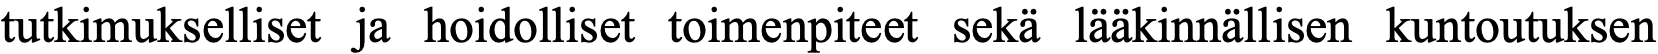
tutkimukselliset ja hoidolliset toimenpiteet sekä lääkinnällisen kuntoutuksen